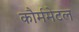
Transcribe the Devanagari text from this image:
कौर्ममेटल